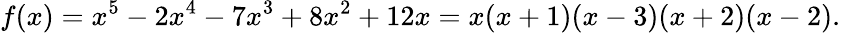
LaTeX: f(x)=x^{5}-2x^{4}-7x^{3}+8x^{2}+12x=x(x+1)(x-3)(x+2)(x-2).